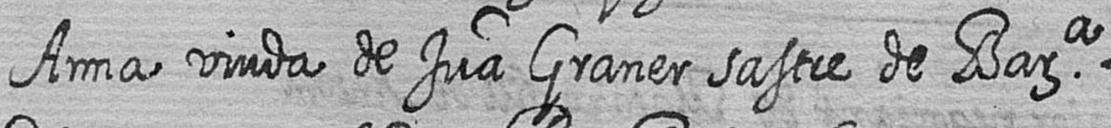
Anna viuda de Jua Graner sastre de Bara